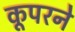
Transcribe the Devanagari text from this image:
कूपरने